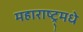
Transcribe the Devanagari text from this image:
महाराष्ट्र्मधे